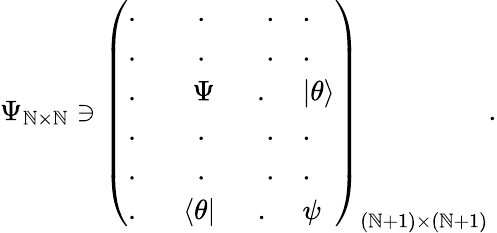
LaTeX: \Psi_{\mathbb{N}\times\mathbb{N}}\ni\left(\begin{array}{ll}{{.\qquad.\qquad.}}&{{.}}\\ {{.\qquad.\qquad.}}&{{.}}\\ {{.\quad\, \, \, \, \, \Psi\quad\, \, \, .}}&{{|\theta\rangle}}\\ {{.\qquad.\qquad.}}&{{.}}\\ {{.\qquad.\qquad.}}&{{.}}\\ {{.\quad\, \, \, \langle\theta|\, \, \, \quad.}}&{{\psi}}\end{array}\right)_{(\mathbb{N}+1)\times(\mathbb{N}+1)}.